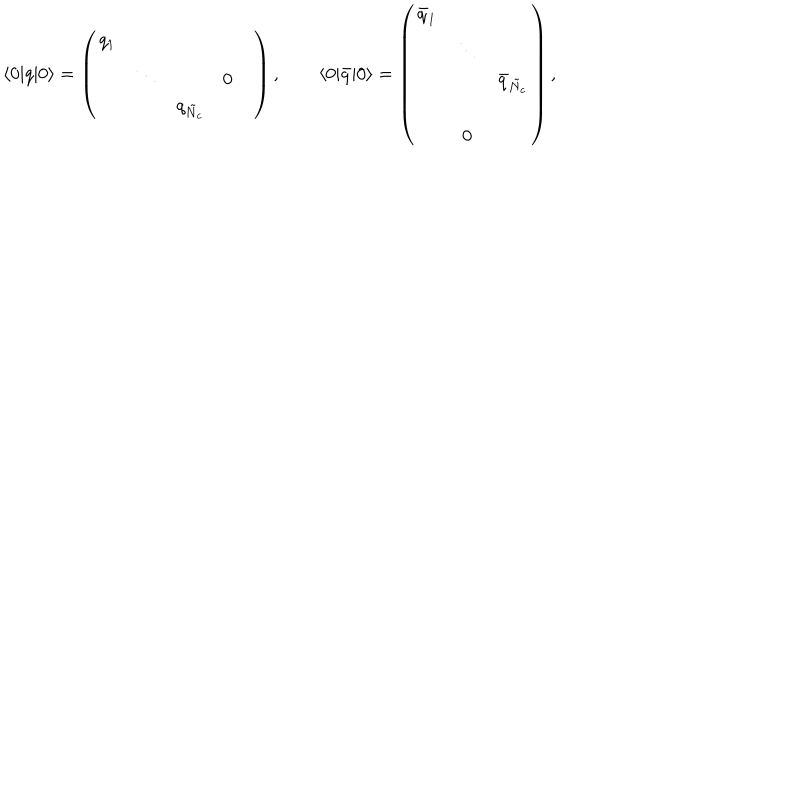
LaTeX: \langle 0 | q | 0 \rangle = \left( \begin{array} { c c c c c } { { q _ { 1 } } } & { { } } & { { } } & { { } } & { { } } \\ { { } } & { { \ddots } } & { { } } & { { 0 } } & { { } } \\ { { } } & { { } } & { { q _ { \tilde { N } _ { c } } } } & { { } } & { { } } \\ \end{array} \right) , \qquad \langle 0 | { \bar { q } } | 0 \rangle = \left( \begin{array} { c c c } { { \bar { q } _ { 1 } } } & { { } } & { { } } \\ { { } } & { { \ddots } } & { { } } \\ { { } } & { { } } & { { \bar { q } _ { \tilde { N } _ { c } } } } \\ { { } } & { { } } & { { } } \\ { { } } & { { 0 } } & { { } } \\ \end{array} \right) ,